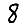
Digit: 8